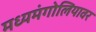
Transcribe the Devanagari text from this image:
मध्यमंगोलियावर